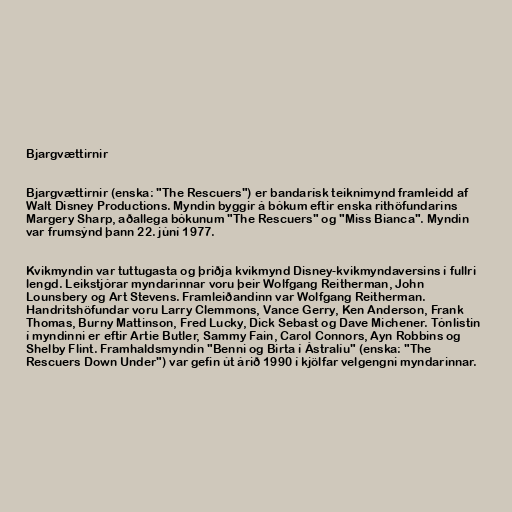
Bjargvættirnir

Bjargvættirnir (enska: "The Rescuers") er bandarísk teiknimynd framleidd af
Walt Disney Productions. Myndin byggir á bókum eftir enska rithöfundarins
Margery Sharp, aðallega bókunum "The Rescuers" og "Miss Bianca". Myndin
var frumsýnd þann 22. júní 1977.

Kvikmyndin var tuttugasta og þriðja kvikmynd Disney-kvikmyndaversins í fullri
lengd. Leikstjórar myndarinnar voru þeir Wolfgang Reitherman, John
Lounsbery og Art Stevens. Framleiðandinn var Wolfgang Reitherman.
Handritshöfundar voru Larry Clemmons, Vance Gerry, Ken Anderson, Frank
Thomas, Burny Mattinson, Fred Lucky, Dick Sebast og Dave Michener. Tónlistin
í myndinni er eftir Artie Butler, Sammy Fain, Carol Connors, Ayn Robbins og
Shelby Flint. Framhaldsmyndin "Benni og Birta í Ástralíu" (enska: "The
Rescuers Down Under") var gefin út árið 1990 í kjölfar velgengni myndarinnar.